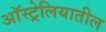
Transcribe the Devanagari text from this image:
अाॅस्ट्रेलियातील